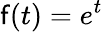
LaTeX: \mathsf{f}(t)=e^{t}